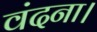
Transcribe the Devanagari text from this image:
वंदना।